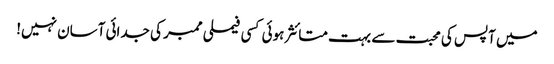
میں آپس کی محبت سے بہت متائثر ہوئی کسی فیملی ممبر کی جدائی آسان نہیں!